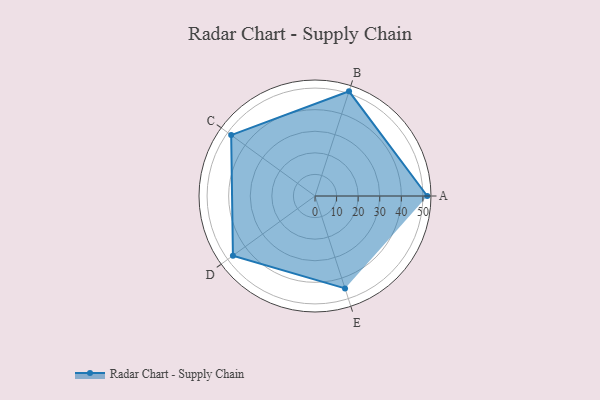
{"axis": {"x": "Skill", "y": "Score"}, "legend": ["Profile"], "data": [{"x": "A", "y": 52.0, "type": "Profile"}, {"x": "B", "y": 51.0, "type": "Profile"}, {"x": "C", "y": 48.0, "type": "Profile"}, {"x": "D", "y": 47.0, "type": "Profile"}, {"x": "E", "y": 45.0, "type": "Profile"}]}